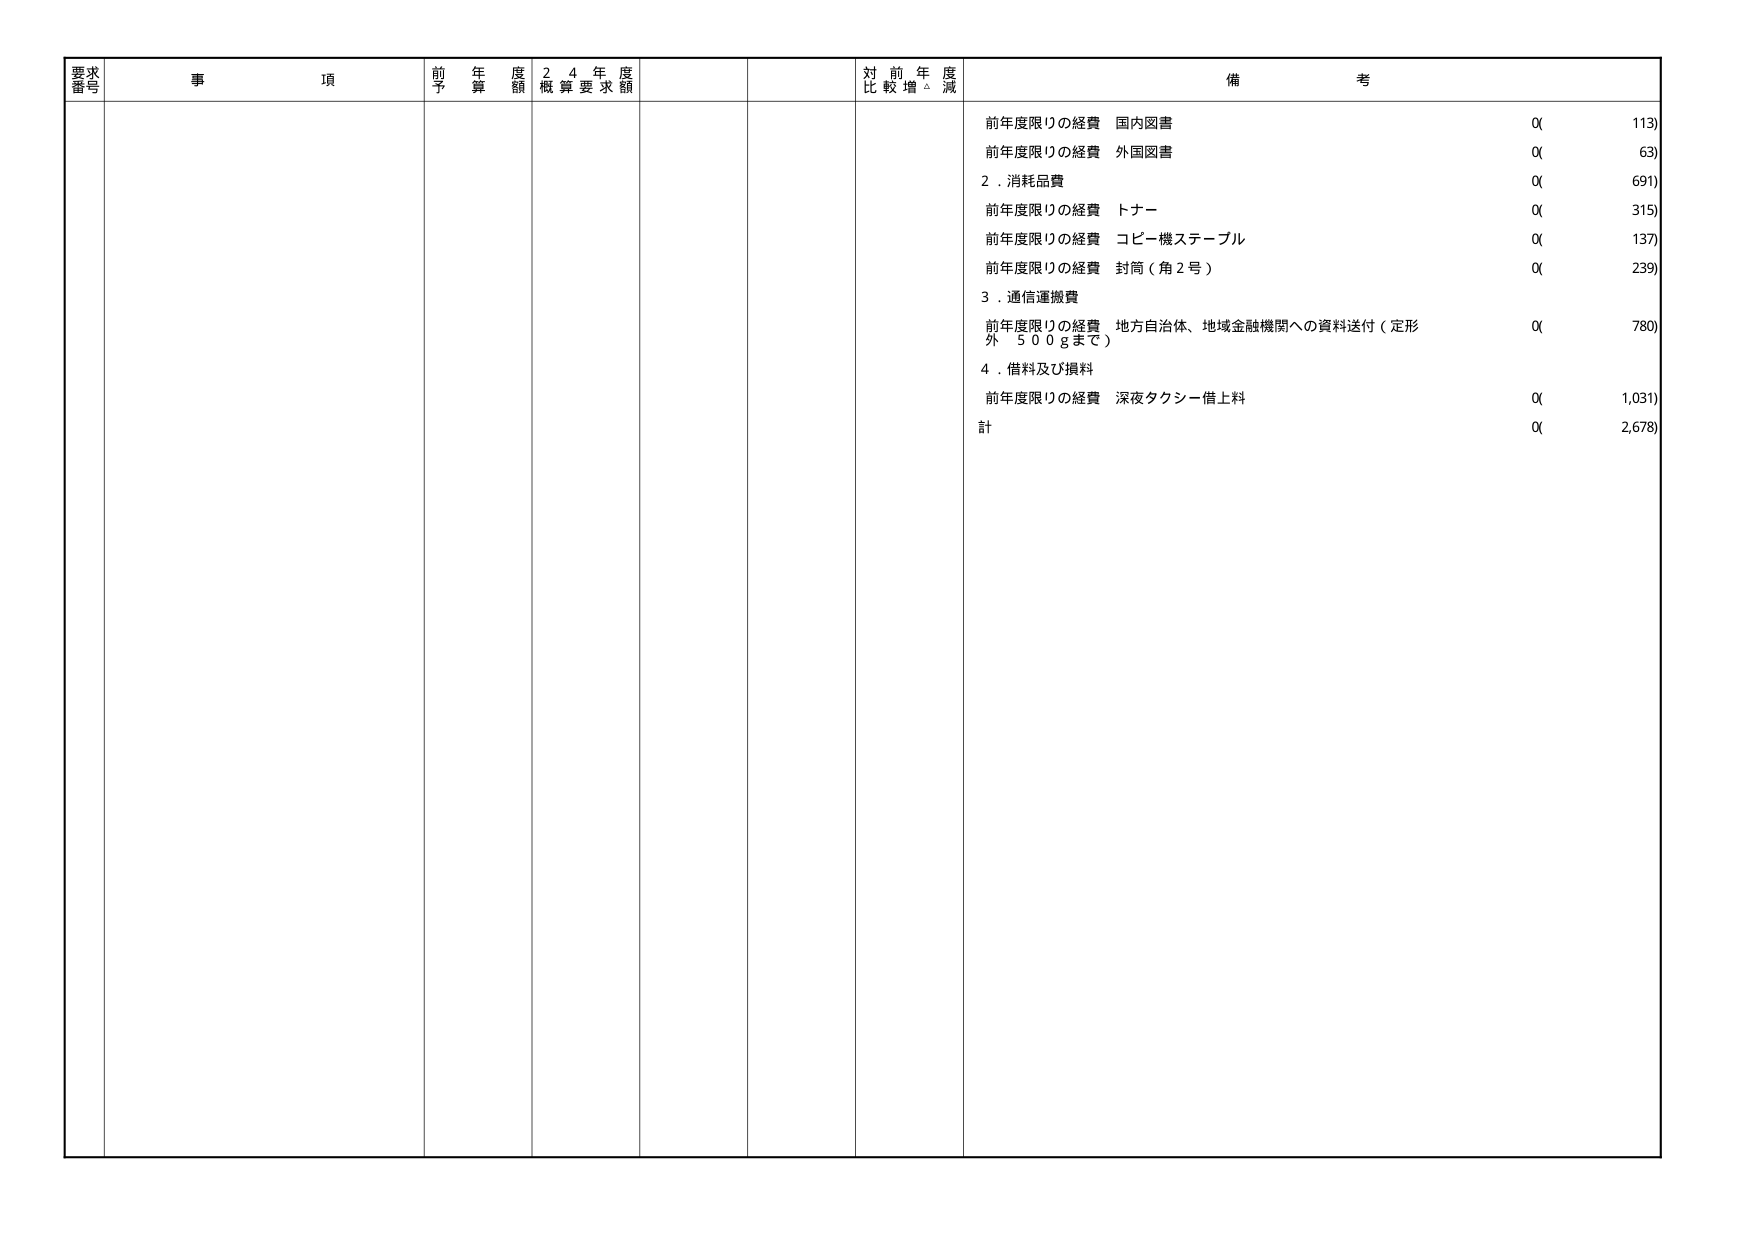
要求番号 事項 前年度予算額 24年度概算要求額 対前年度比較増減 備考
前年度限りの経費 国内図書 0( 113)
前年度限りの経費 外国図書 0( 63)
2．消耗品費 0( 691)
前年度限りの経費 トナー 0( 315)
前年度限りの経費 コピー機ステーブル 0( 137)
前年度限りの経費 封筒（角2号） 0( 239)
3．通信運搬費
前年度限りの経費 地方自治体、地域金融機関への資料送付（定形外 500gまで） 0( 780)
4．借料及び損料
前年度限りの経費 深夜タクシー借上料 0( 1,031)
計 0( 2,678)